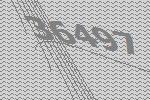
36497